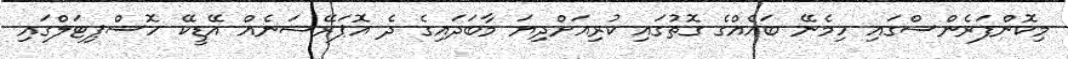
މިކޮންފަރެންސްގައި ހިމެނޭ ބައެއްގެ ގޮތުގައި ކުރިއަށްދިޔަ މާބަދައިގެ ދެ އޮޕަރޭޝަނެއް އޭޑީކޭ ހޮސްޕިޓަލްގައި